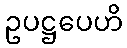
ဥပဋ္ဌပေဟိ